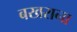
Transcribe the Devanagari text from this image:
बखराना